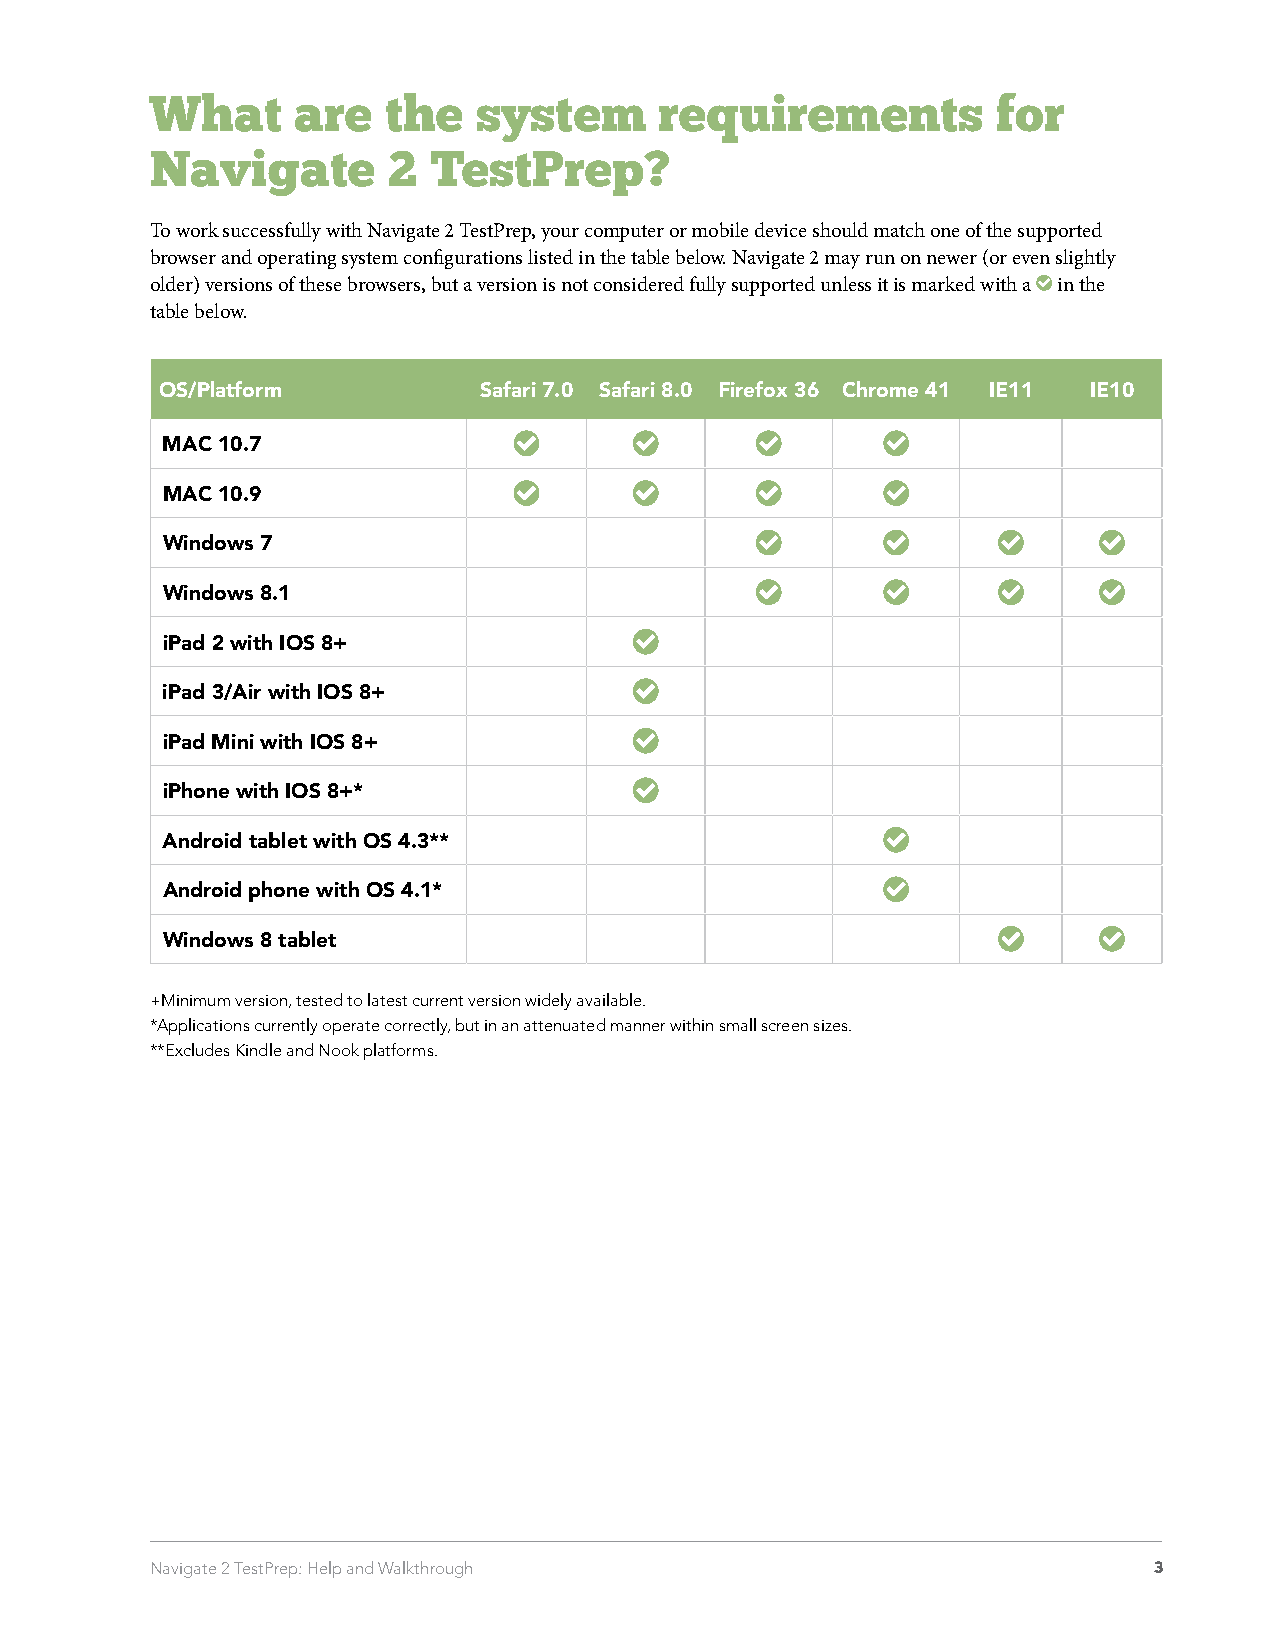
What     are   the   system       requirements          for
 Navigate        2 TestPrep?
 To work successfully with Navigate 2 TestPrep, your computer or mobile device should match one of the supported
 browser and operating system configurations listed in the table below. Navigate 2 may run on newer (or even slightly
 older) versions of these browsers, but a version is not considered fully supported unless it is marked with a in the
 table below.
 OS/Platform          Safari 7.0 Safari 8.0 Firefox 36 Chrome 41 IE11 IE10
 MAC 10.7
 MAC 10.9
 Windows 7
 Windows 8.1
 iPad 2 with IOS 8+
 iPad 3/Air with IOS 8+
 iPad Mini with IOS 8+
 iPhone with IOS 8+*
 Android tablet with OS 4.3**
 Android phone with OS 4.1*
 Windows 8 tablet
 +Minimum version, tested to latest current version widely available.
 *Applications currently operate correctly, but in an attenuated manner within small screen sizes.
 **Excludes Kindle and Nook platforms.
 Navigate 2 TestPrep: Help and Walkthrough                         3